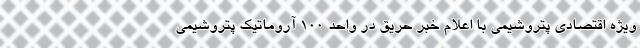
ویژه اقتصادی پتروشیمی با اعلام خبر حریق در واحد ۱۰۰ آروماتیک پتروشیمی